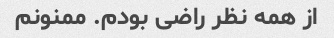
از همه نظر راضی بودم. ممنونم